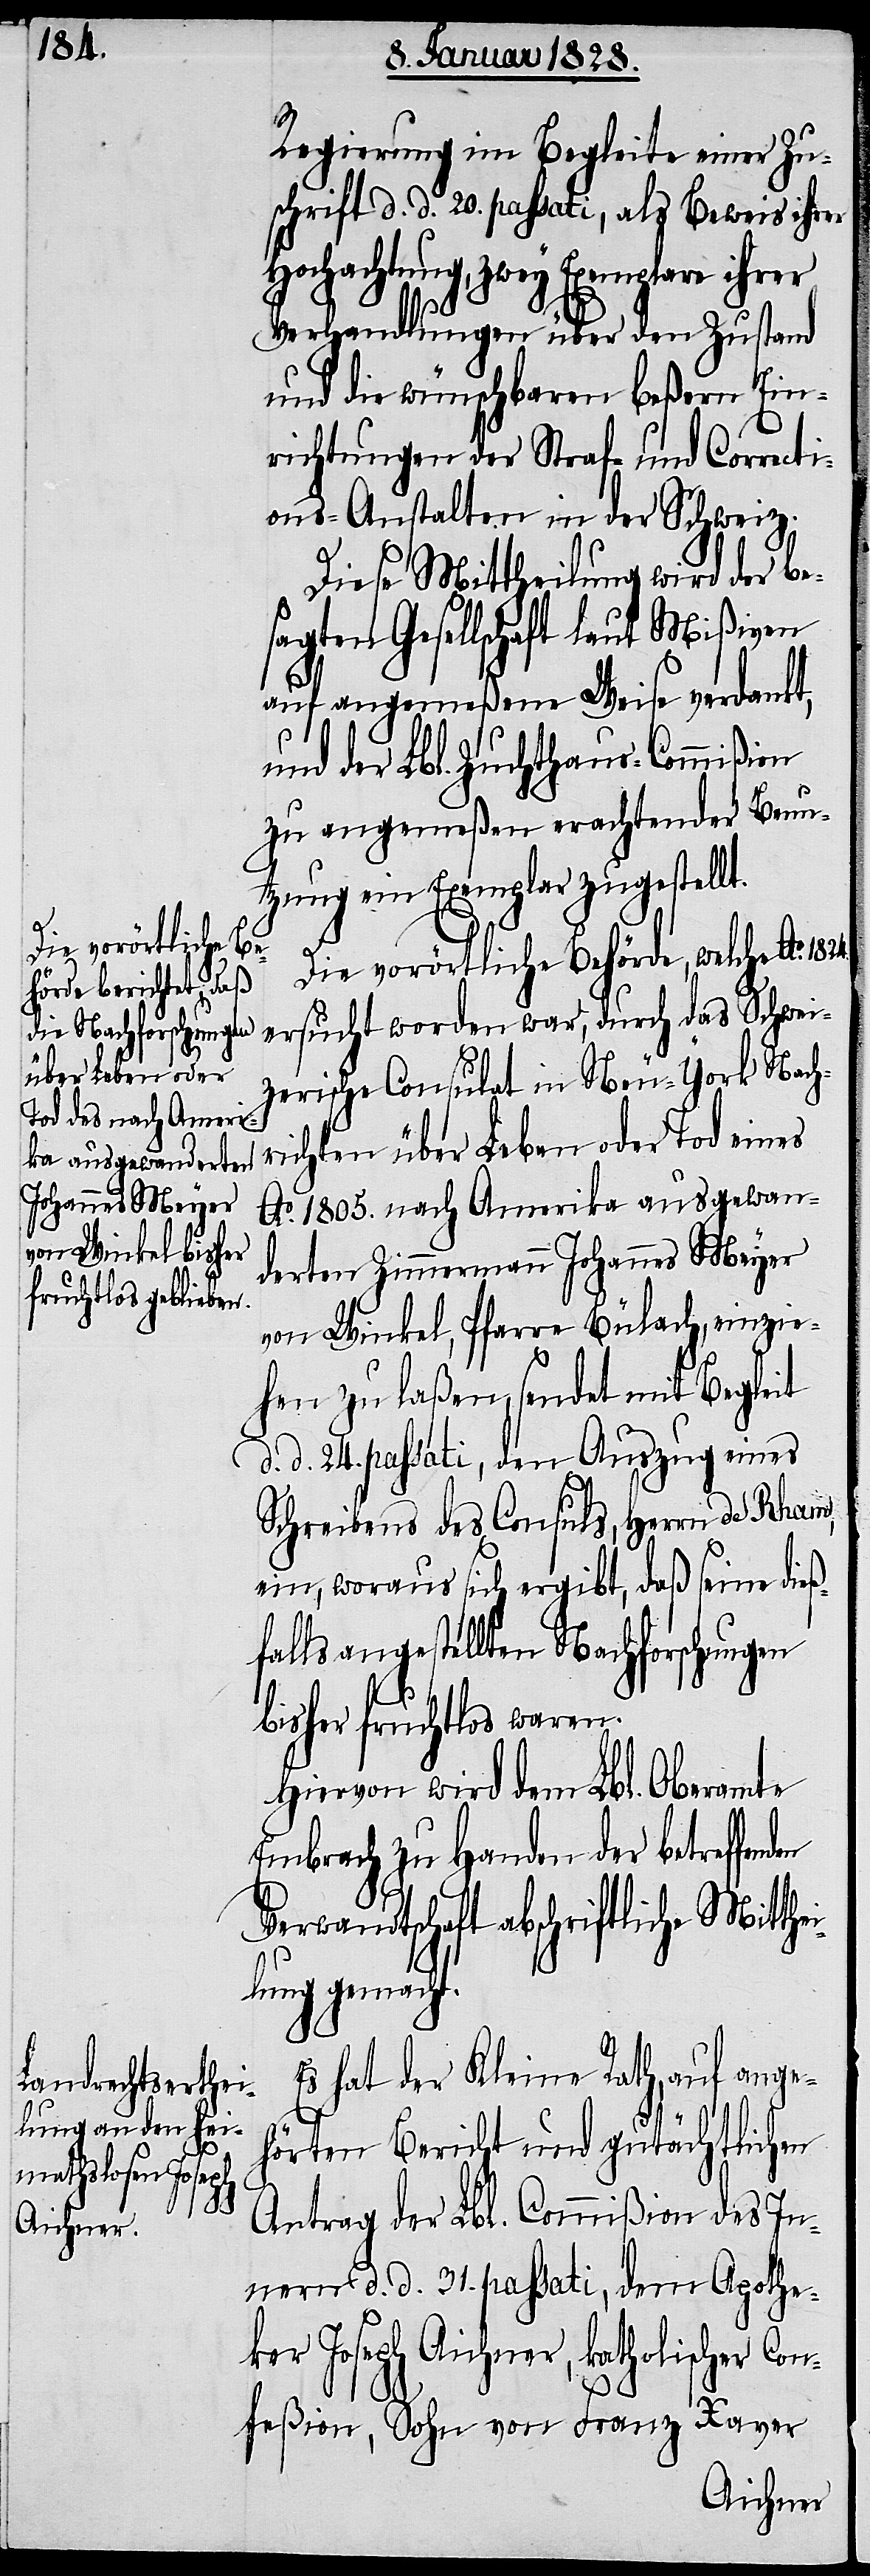
Regierung im Begleite einer Zu¬
schrift d. d. 20. passati, als Beweis ihrer
Hochachtung, zwey Exemplare ihrer
Verhandlungen über den Zustand
und die wünschbaren beßern Ein¬
richtungen der Straf- und Correcti¬
ons-Anstalten in der Schweiz.
Diese Mittheilung wird der be¬
sagten Gesellschaft laut Mißiven
auf angemeßene Weise verdankt,
und der Lbl. Zuchthaus-Commißion
zu angemeßen erachtender Benu¬
tzung ein Exemplar zugestellt.
den
Die vorörtliche Behörde, welche Ao. 1824.
ersucht worden war, durch das Schwei¬
zerische Consulat in Neu-York Nach¬
richten über Leben oder Tod eines
Ao. 1805. nach Amerika ausgewan¬
derten Zimmermann Johannes Meyer
von Winkel, Pfarre Bülach, einzie¬
hen zu laßen, sendet mit Begleit
d. d. 24. passati, den Auszug eines
Schreibens des Consuls, Herrn de Rham,
ein, woraus sich ergibt, daß seine dieß¬
falls angestellten Nachforschungen
bisher fruchtlos waren.
Hiervon wird dem Lbl. Oberamte
Embrach zu Handen der betreffen¬
Verwandtschaft abschriftlich Mitthe¬
ilung gemacht.
Es hat der Kleine Rath, auf ange¬
hörten Bericht und gutächtlichen
Antrag der Lbl. Commißion des In¬
nern d. d. 31. passati, dem Apothe¬
ker Joseph Aichner, katholischer Con¬
feßion, Sohn von Franz Xaver